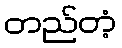
တည်တံ့